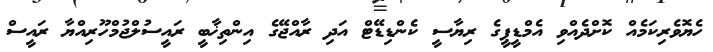
ހެޔޮވެރިކަމެއް ކޮށްދެއްވި އެމްޑީޕީގެ ރިޔާސީ ކެންޑިޑޭޓް އަދި ރާއްޖޭގެ އިންތިޚާބީ ރައީސުލްޖުމްހޫރިއްޔާ ރައީސް